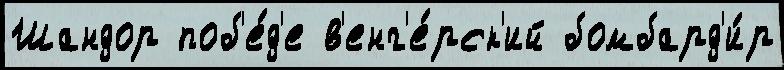
Шандор поб'е́д'е в'енг'е́рск'ий бомбард'и́р